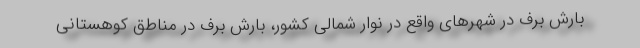
بارش برف در شهرهای واقع در نوار شمالی کشور، بارش برف در مناطق کوهستانی